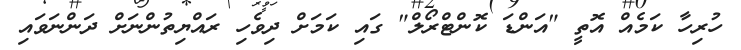
ހުރިހާ ކަމެއް އޮތީ "އަންޑަ ކޮންޓްރޯލް" ގައި ކަމަށް ދިވެހި ރައްޔިތުންނަށް ދަންނަވައި